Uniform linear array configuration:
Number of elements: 32
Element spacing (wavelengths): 0.5
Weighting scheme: uniform
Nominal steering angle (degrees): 45
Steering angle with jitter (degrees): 44.831
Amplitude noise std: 0.05
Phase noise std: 0.05

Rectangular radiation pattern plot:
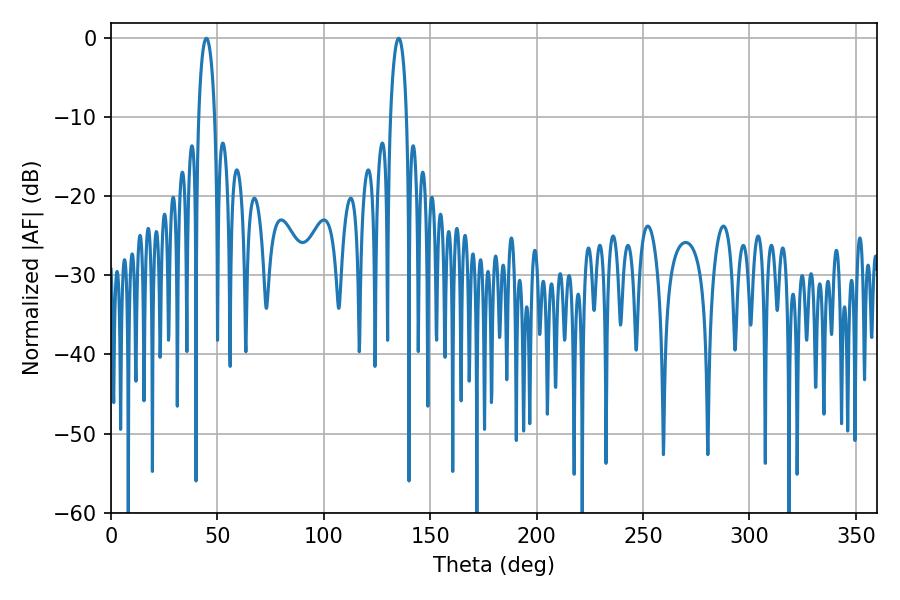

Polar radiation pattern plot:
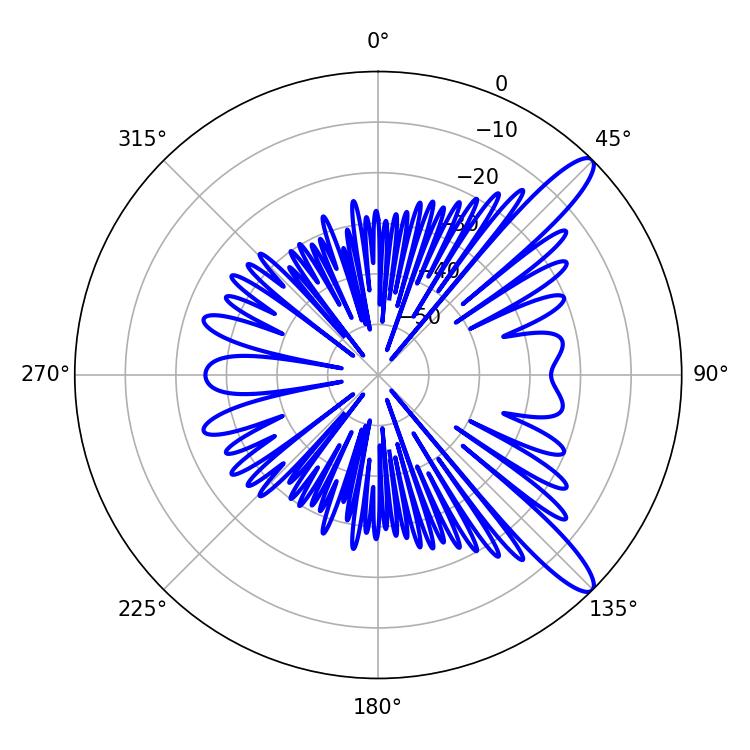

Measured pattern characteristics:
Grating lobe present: FALSE
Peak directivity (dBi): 12.119
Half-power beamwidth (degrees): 4.32
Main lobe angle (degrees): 44.82